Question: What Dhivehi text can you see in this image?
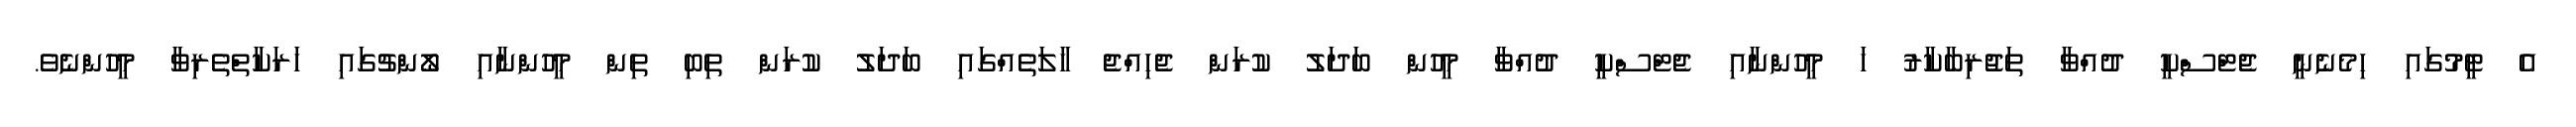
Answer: އެ ޓީމުގައި ހިމެނެނީ ޖެޓްސްކީ ދުއްވާ ތަޖުރިބާކާރު ހަ މީހުންނާއި ޖެޓްސްކީ ދުއްވާ މީހުން ބަދަލު ކުރަން ޖެހިއްޖެ ހާލަތެއްގައި ބަދަލު ކުރަން ތިބި ތިން މީހުންނާއި ލޯންޗުގައި ހަރަކާތްތެރިވާ މީހުންނެވެ.